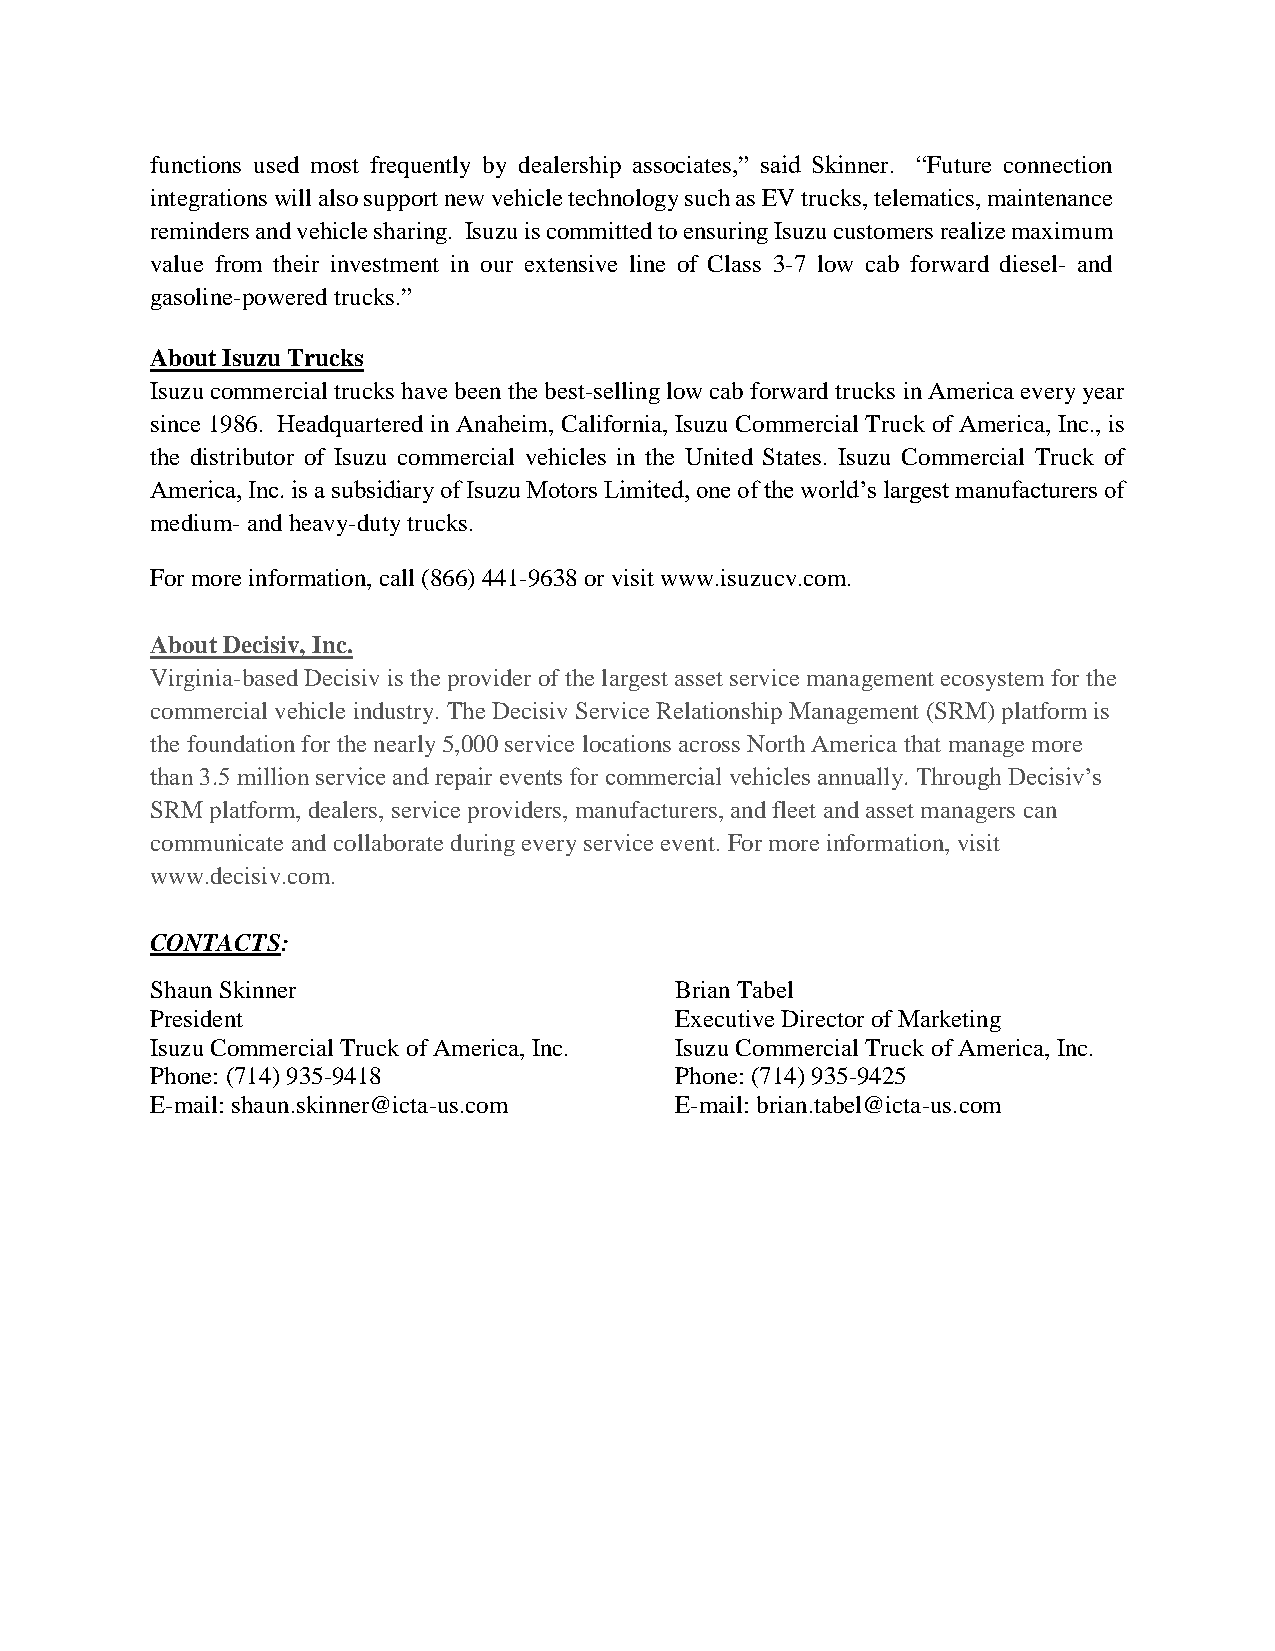
functions used most frequently by dealership associates,” said Skinner. “Future connection
 integrations will also support new vehicle technology such as EV trucks, telematics, maintenance
 reminders and vehicle sharing. Isuzu is committed to ensuring Isuzu customers realize maximum
 value from their investment in our extensive line of Class 3-7 low cab forward diesel- and
 gasoline-powered trucks.”
 About Isuzu Trucks
 Isuzu commercial trucks have been the best-selling low cab forward trucks in America every year
 since 1986. Headquartered in Anaheim, California, Isuzu Commercial Truck of America, Inc., is
 the distributor of Isuzu commercial vehicles in the United States. Isuzu Commercial Truck of
 America, Inc. is a subsidiary of Isuzu Motors Limited, one of the world’s largest manufacturers of
 medium- and heavy-duty trucks.
 For more information, call (866) 441-9638 or visit www.isuzucv.com.
 About Decisiv, Inc.
 Virginia-based Decisiv is the provider of the largest asset service management ecosystem for the
 commercial vehicle industry. The Decisiv Service Relationship Management (SRM) platform is
 the foundation for the nearly 5,000 service locations across North America that manage more
 than 3.5 million service and repair events for commercial vehicles annually. Through Decisiv’s
 SRM platform, dealers, service providers, manufacturers, and fleet and asset managers can
 communicate and collaborate during every service event. For more information, visit
 www.decisiv.com.
 CONTACTS:
 Shaun Skinner                      Brian Tabel
 President                          Executive Director of Marketing
 Isuzu Commercial Truck of America, Inc. Isuzu Commercial Truck of America, Inc.
 Phone: (714) 935-9418              Phone: (714) 935-9425
 E-mail: shaun.skinner@icta-us.com  E-mail: brian.tabel@icta-us.com